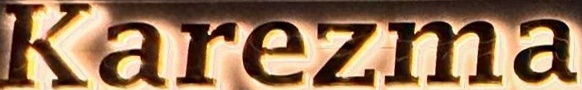
Karezma